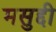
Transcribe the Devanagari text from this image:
मसुद्दी